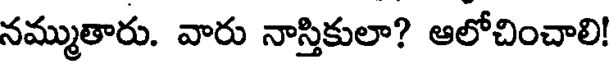
నమ్ముతారు. వారు నాస్తికులా? ఆలోచించాలి!